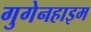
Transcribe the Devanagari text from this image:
गुगेनहाइम